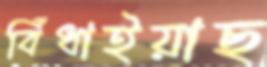
বিঁধাইয়াছ